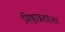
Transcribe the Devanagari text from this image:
मिष्ठान्नशाला